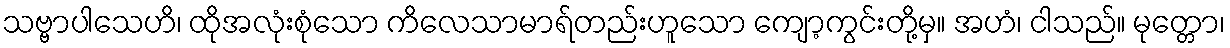
သဗ္ဗာပါသေဟိ၊ ထိုအလုံးစုံသော ကိလေသာမာရ်တည်းဟူသော ကျော့ကွင်းတို့မှ။ အဟံ၊ ငါသည်။ မုတ္တော၊